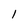
Character: 1